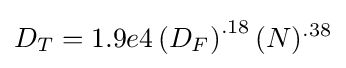
D_{T}=1.9e4\left(D_{F}\right)^{.18}(N)^{.38}